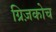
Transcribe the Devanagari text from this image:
ग्रिज़कोच